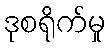
ဒုစရိုက်မှု